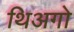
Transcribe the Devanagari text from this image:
थिअगो